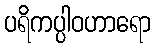
ပရိကပ္ပါဝဟာရော